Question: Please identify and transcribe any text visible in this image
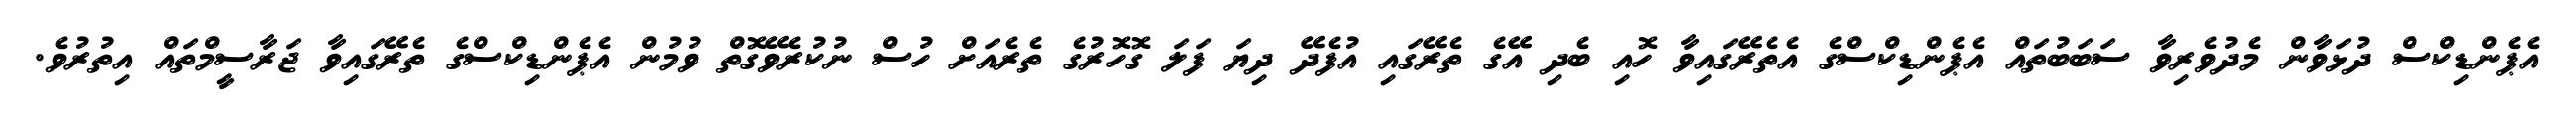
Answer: އެޕެންޑިކްސް ދުޅަވާން މެދުވެރިވާ ސަބަބުތައް އެޕެންޑިކްސްގެ އެތެރޭގައިވާ ހޮއި ބެދި އޭގެ ތެރޭގައި އުފެދޭ ދިޔަ ފަލަ ގޮހޮރުގެ ތެރެއަށް ހުސް ނުކުރެވޭގޮތް ވުމުން އެޕެންޑިކްސްގެ ތެރޭގައިވާ ޖަރާސީމްތައް އިތުރުވެ.